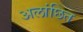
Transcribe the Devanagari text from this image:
अलांछित